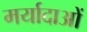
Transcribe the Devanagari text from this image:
मर्यादाआें